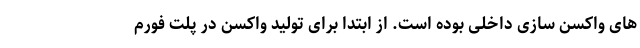
های واکسن سازی داخلی بوده است. از ابتدا برای تولید واکسن در پلت فورم